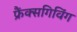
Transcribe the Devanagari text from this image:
फ्रैंक्सगिविंग